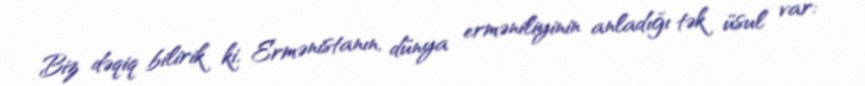
Biz dəqiq bilirik ki, Ermənistanın, dünya erməniliyinin anladığı tək üsul var: